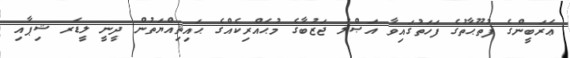
ޢަރަބީންގެ ފުތޫޙާތުގެ ފަހަތުގައިވާ އަޞްލު ޖަޒުބާގެ މުޙައްރިކެއްގެ ޙައިޘިއްޔަތުން ދީނީ ލީޑަރ ޝިޕާއި